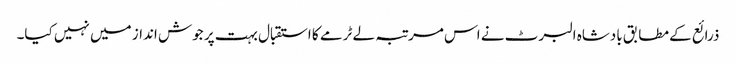
ذرائع کے مطابق بادشاہ البرٹ نے اس مرتبہ لے ٹرمے کا استقبال بہت پر جوش انداز میں نہیں کیا۔